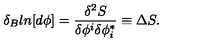
\delta _ { B } l n [ d \phi ] = \frac { \delta ^ { 2 } S } { \delta \phi ^ { i } \delta \phi _ { i } ^ { * } } \equiv \Delta S .